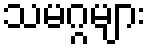
သမဂ္ဂများ